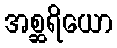
အစ္ဆရိယော